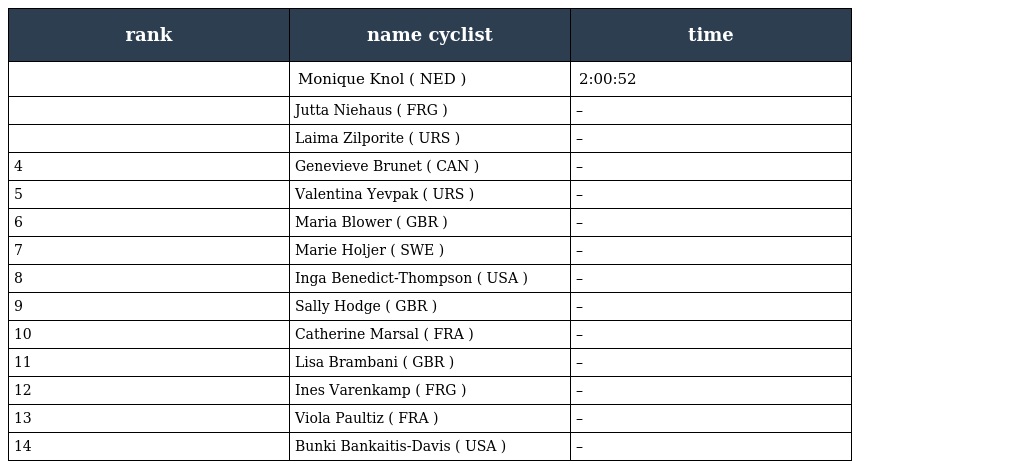
| rank | name cyclist | time |
 | --- | --- | --- |
 |  | Monique Knol ( NED ) | 2:00:52 |
 |  | Jutta Niehaus ( FRG ) | – |
 |  | Laima Zilporite ( URS ) | – |
 | 4 | Genevieve Brunet ( CAN ) | – |
 | 5 | Valentina Yevpak ( URS ) | – |
 | 6 | Maria Blower ( GBR ) | – |
 | 7 | Marie Holjer ( SWE ) | – |
 | 8 | Inga Benedict-Thompson ( USA ) | – |
 | 9 | Sally Hodge ( GBR ) | – |
 | 10 | Catherine Marsal ( FRA ) | – |
 | 11 | Lisa Brambani ( GBR ) | – |
 | 12 | Ines Varenkamp ( FRG ) | – |
 | 13 | Viola Paultiz ( FRA ) | – |
 | 14 | Bunki Bankaitis-Davis ( USA ) | – |